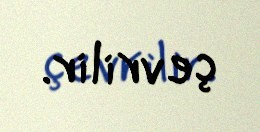
çevrilir.